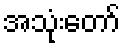
အသုံးတော်